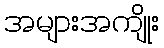
အများအကျိုး